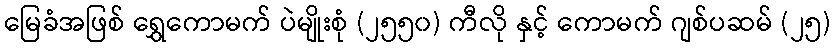
မြေခံအဖြစ် ရွှေကောမက် ပဲမျိုးစုံ (၂၅၅၀) ကီလို နှင့် ကောမက် ဂျစ်ပဆမ် (၂၅)